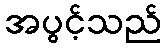
အပွင့်သည်